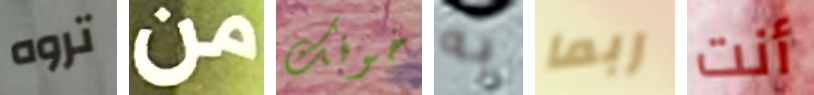
تروه من خوفك به ربما أنت